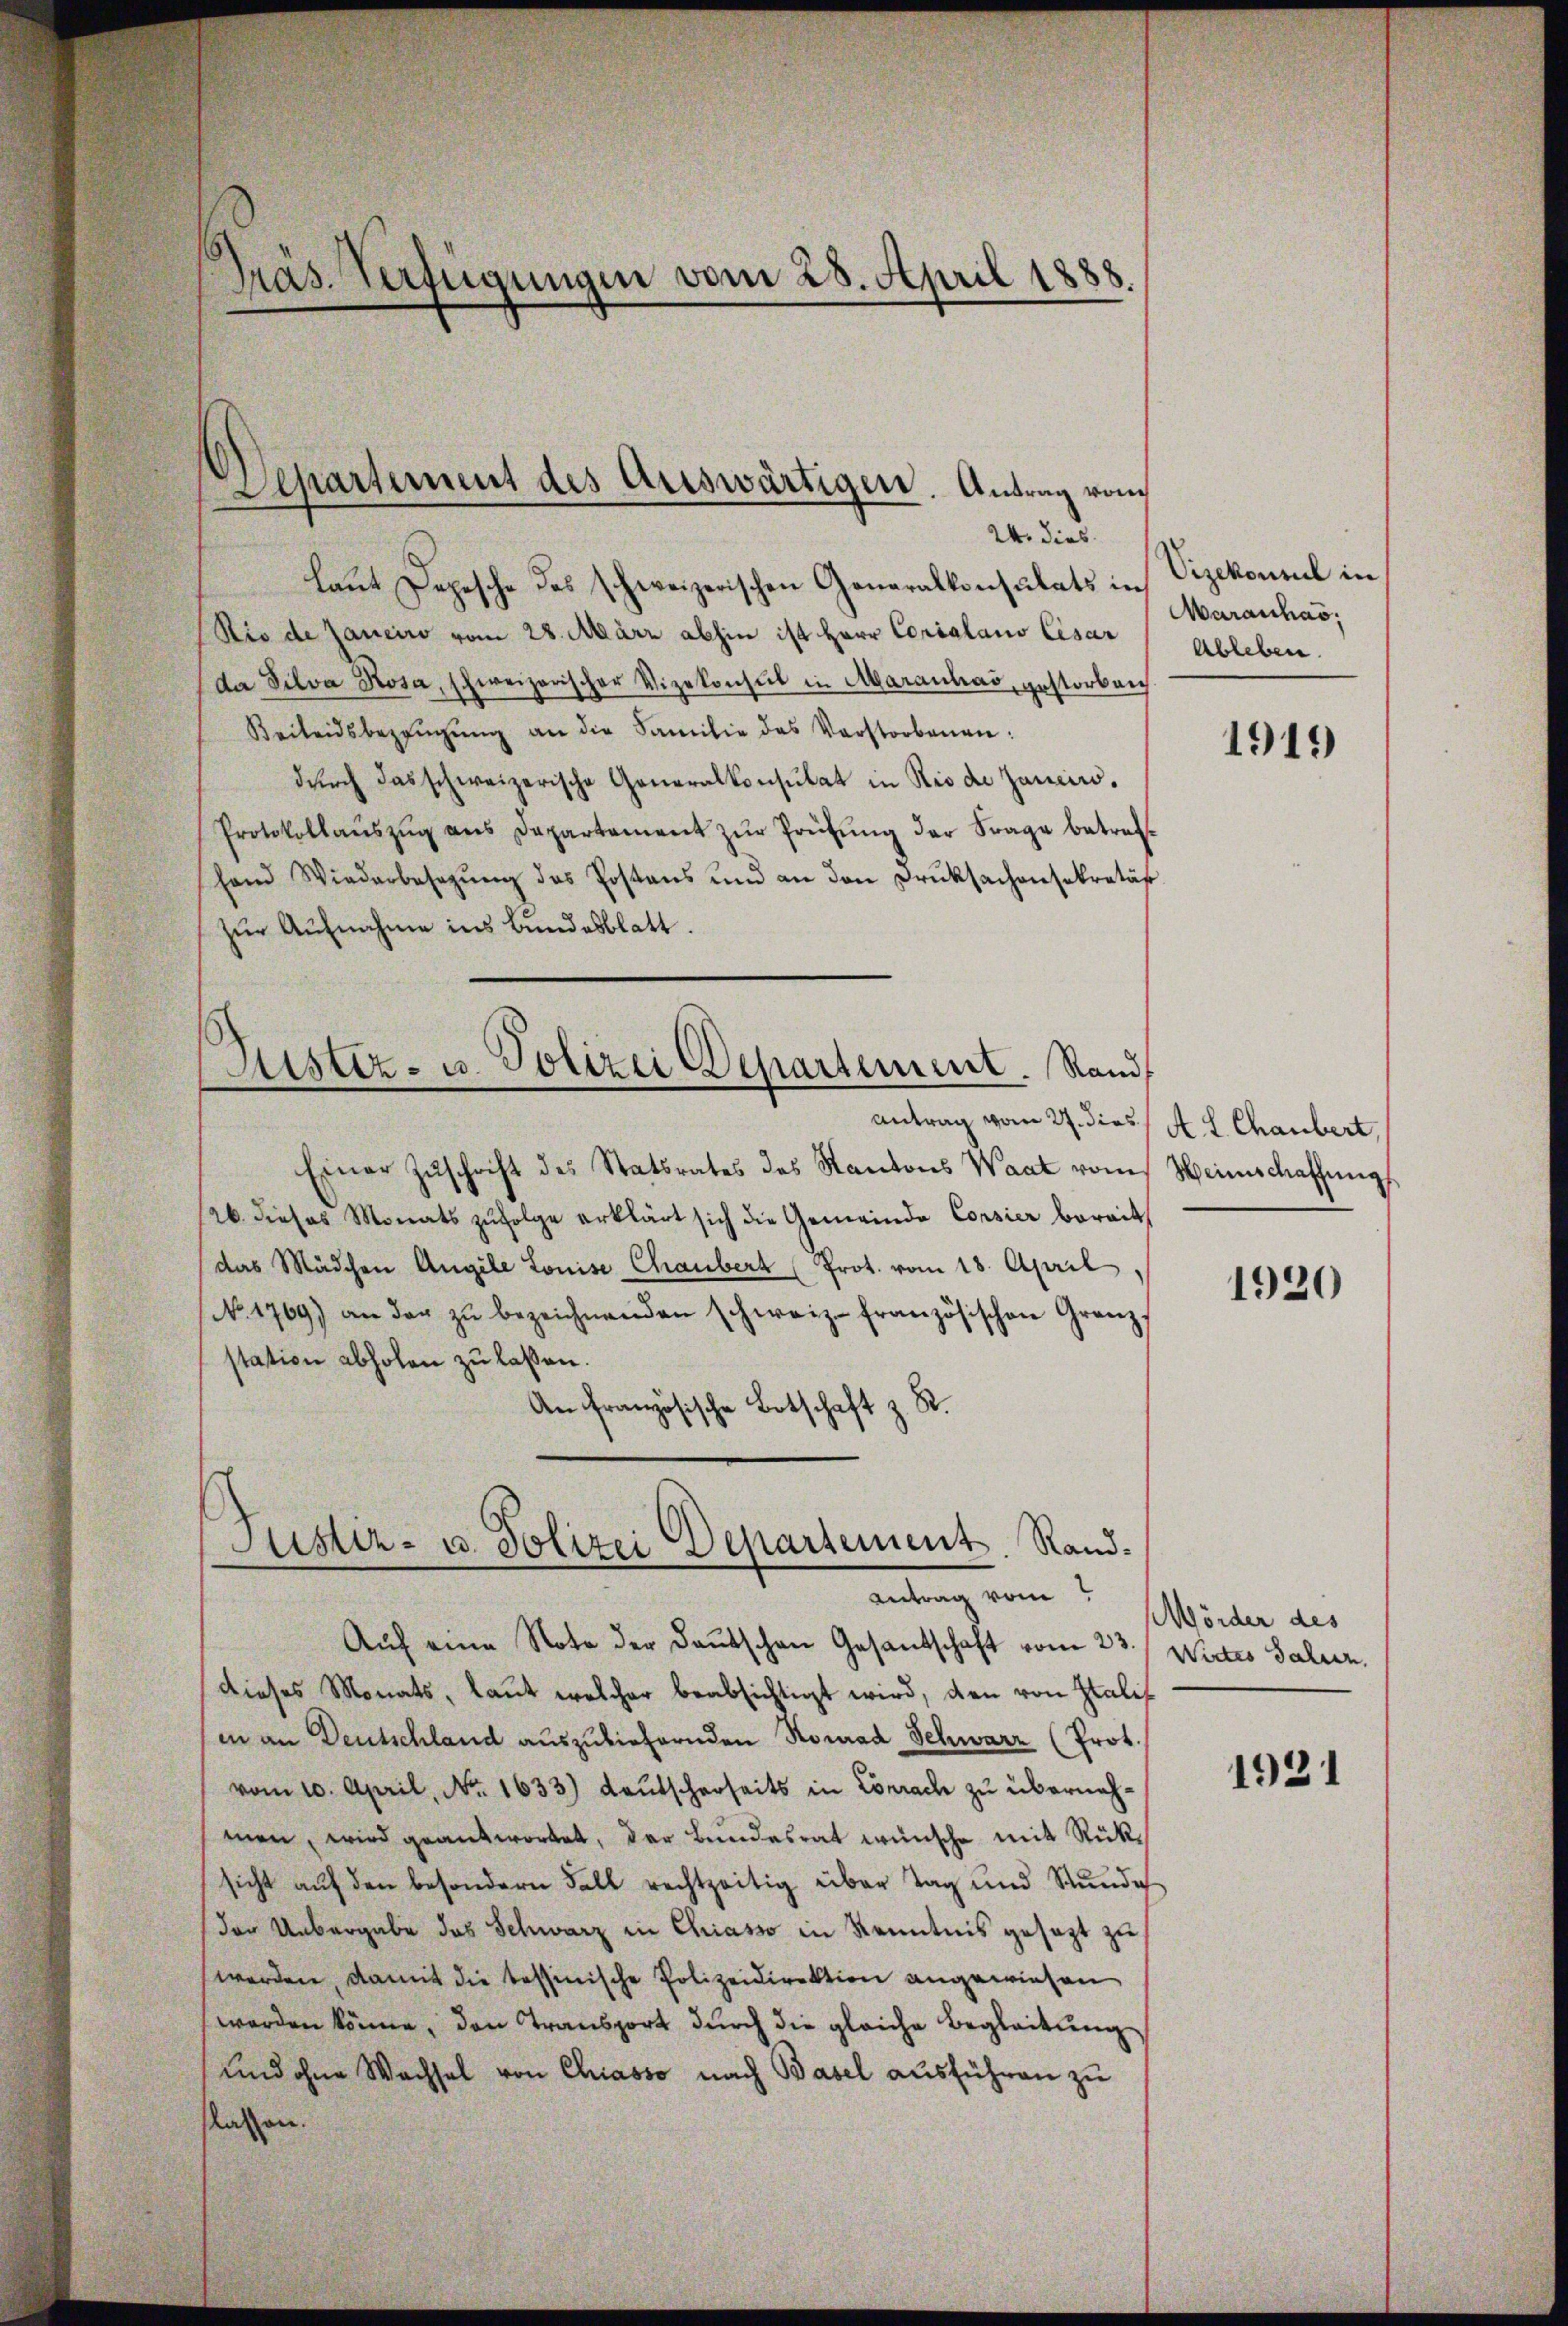
Präs. Verfügungen vom 28. April 1888.

laut Depesche des schweizerischen Generalkonsulats in Vizekonnuel in
Rio de Janeiro vom 28. März abhin ist Herr Corialaus Cisar
da Silva Rosa, schweizerischer Vizekonsul in Maranhad, gestorben
Beileidsbezaŭgŭng an die Familie das Verstorbenen
dŭrch das schweizerische Generalkonsulat in Rio die Zancis.
Protokollaŭszŭg ans Departement zŭr Prüfŭng der Frage betrefhand Wiederbesetzŭng des Postens und an den Druksachensekretär
zŭr Aŭfnahme ins Bundesblatt.
Sistiz- u. Polizei Departement. Rand
Antrag vom 27. dies
Einer Zŭschrift des Statsrates des Kantons Waat vom
/26. dieses Monats zŭfolge erklärt sich die Gemeinde Corsier bereit
das Mädchen Angele Louise Chaubert (Prot. vom 18. April,
No. 1769) an der zŭ bezeichnenden schweiz. französischen Granz-
station abholen zu laßen.
An Französische Botschaft z. R.
Justiz- u. Polizei Departement. Rand¬

Departement des Auswärtigen. Antrag vom
24. dies

Antrag vom

Maranhas
Ableben.

Aŭf eine Note der deutschen Gesandtschaft vom 23.
dieses Monats, laut welcher beabsichtigt wird, den von Italis
(in an Deutschland auszuliefernden Konrad Schwarz (Prot.
vom 10. April, No. 1633) deutscherseits in Conrach zu übernehmen, wird geantwortet, der Bundesrat wünsche mit Rücksicht aŭf den besondern Fall rechtzeitig über Tag und Stŭnde
der Unbergabe das Schwarz in Chiasso in Kenntnis gesezt zu
werden, damit die tessinische Polizeidirektion angewiesen
werden könne, den Transport durch die gleiche Begleitung
und ohne Wachsel von Chiasso nach Basel ausführen zu
flassen.

1919

A. L. Chaubert,
Weinschaffung

1920

MMörder des
Wirtes Salur.

1931